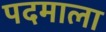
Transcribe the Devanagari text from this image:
पदमाला